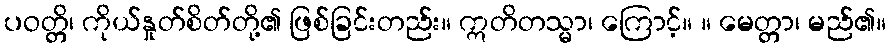
ပဝတ္တိ၊ ကိုယ်နှုတ်စိတ်တို့၏ ဖြစ်ခြင်းတည်း။ ဣတိတသ္မာ၊ ကြောင့်။ ။ မေတ္တာ၊ မည်၏။